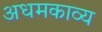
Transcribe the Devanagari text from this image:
अधमकाव्य